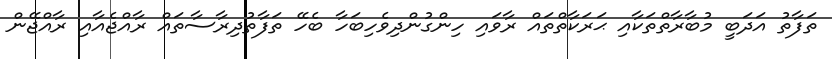
ތަފާތު އަދަބީ މުބާރާތްތަކާއި ޙަރަކާތްތައް ރާވައި ހިންގުންދިވެހިބަހާ ބެހޭ ތަފާތުދިރާސާތައް ރާއްޖެއާއި ރާއްޖޭން